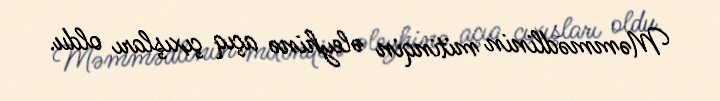
Məmmədlinin mitinqin əleyhinə açıq çıxışları oldu.